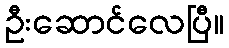
ဦးဆောင်လေပြီ။